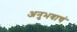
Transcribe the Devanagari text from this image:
अनुभवाचं